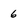
Character: 6